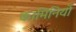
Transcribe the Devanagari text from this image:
कामिनियों